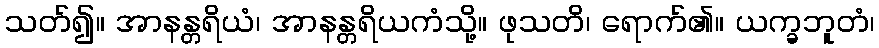
သတ်၍။ အာနန္တရိယံ၊ အာနန္တရိယကံသို့။ ဖုသတိ၊ ရောက်၏။ ယက္ခဘူတံ၊